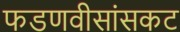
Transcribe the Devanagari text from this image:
फडणवीसांसकट